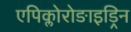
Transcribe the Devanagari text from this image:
एपिक्लोरोङाइड्रिन